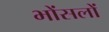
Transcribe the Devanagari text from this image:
भोंसलों